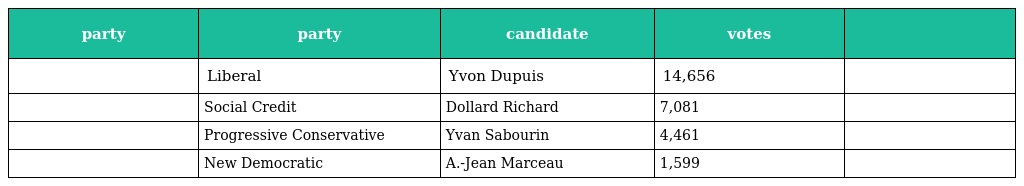
| party | party | candidate | votes |  |
 | --- | --- | --- | --- | --- |
 |  | Liberal | Yvon Dupuis | 14,656 |  |
 |  | Social Credit | Dollard Richard | 7,081 |  |
 |  | Progressive Conservative | Yvan Sabourin | 4,461 |  |
 |  | New Democratic | A.-Jean Marceau | 1,599 |  |